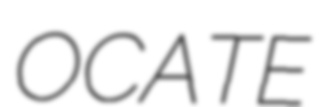
OCATE